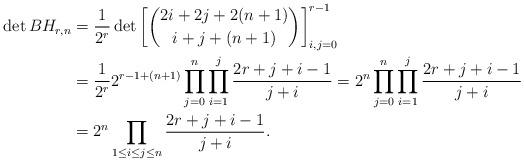
LaTeX: \begin{align*}\det BH_{r,n}& = \frac{1}{2^r} \det \left[ \binom{2i+2j+2(n+1)}{i+j+(n+1)} \right]_{i,j=0}^{r-1}\allowdisplaybreaks \\ & = \frac{1}{2^r} 2^{r-1+(n+1)} \prod_{j=0}^n \prod_{i=1}^j \frac{2r + j + i - 1}{j+i} = 2^n \prod_{j=0}^n \prod_{i=1}^j \frac{2r + j + i - 1}{j+i}\allowdisplaybreaks \\ & = 2^n \prod_{1 \leq i \leq j \leq n} \frac{2r + j + i - 1}{j+i}.\end{align*}